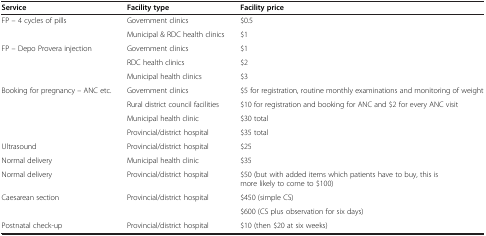
| Service | Facility type | Facility price |
 | --- | --- | --- |
 | <ROWSPAN=2> FP – 4 cycles of pills | Government clinics | $0.5 |
 | Municipal & RDC health clinics | $1 |
 | <ROWSPAN=3> FP – Depo Provera injection | Government clinics | $1 |
 | RDC health clinics | $2 |
 | Municipal health clinics | $3 |
 | <ROWSPAN=4> Booking for pregnancy – ANC etc. | Government clinics | $5 for registration, routine monthly examinations and monitoring of weight |
 | Rural district council facilities | $10 for registration and booking for ANC and $2 for every ANC visit |
 | Municipal health clinic | $30 total |
 | Provincial/district hospital | $35 total |
 | Ultrasound | Provincial/district hospital | $25 |
 | Normal delivery | Municipal health clinic | $35 |
 | Normal delivery | Provincial/district hospital | $50 (but with added items which patients have to buy, this is more likely to come to $100) |
 | <ROWSPAN=2> Caesarean section | <ROWSPAN=2> Provincial/district hospital | $450 (simple CS) |
 | $600 (CS plus observation for six days) |
 | Postnatal check-up | Provincial/district hospital | $10 (then $20 at six weeks) |